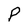
Character: P